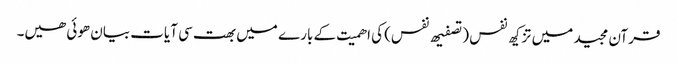
قرآن مجید میں تزکیھ نفس (تصفیھ نفس) کی اھمیت کے بارے میں بھت سی آیات بیان ھوئی ھیں۔